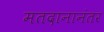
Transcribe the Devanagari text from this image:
मतदानानंतर